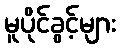
မူပိုင်ခွင့်များ